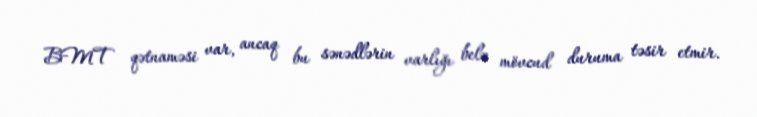
BMT qətnaməsi var, ancaq bu sənədlərin varlığı belə mövcud duruma təsir etmir.